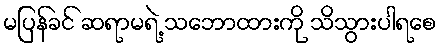
မပြန်ခင် ဆရာမရဲ့ သဘောထားကို သိသွားပါရစေ